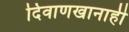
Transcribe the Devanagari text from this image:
दिवाणखानाही